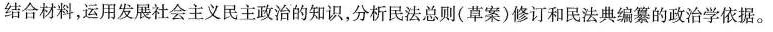
结合材料，运用发展社会主义民主政治的知识，分析民法总则(草案)修订和民法典编纂的政治学依据。